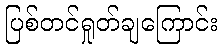
ပြစ်တင်ရှုတ်ချကြောင်း